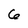
Character: 6